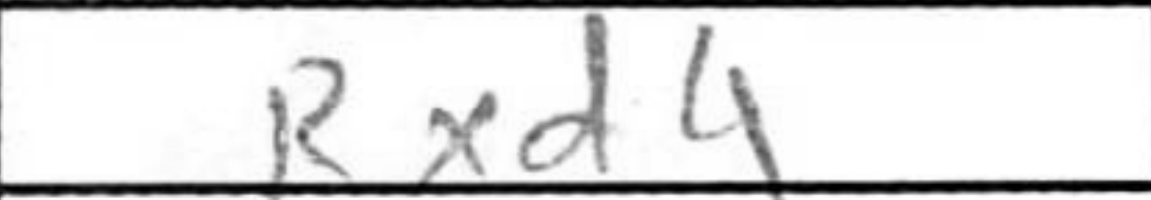
Transcription: Rxd4